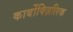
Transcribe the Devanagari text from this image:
कार्बोक्ज़िलिक